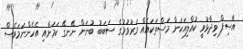
އާސިފް ވިދާޅުވީ ކުއްލިއަކަށް މަސްތަކައެއް މަރުވުމުގެ ސަބަބު ބުނަން ނޭނގޭ ކަމަށާއި އެހެންނަމަވެސް